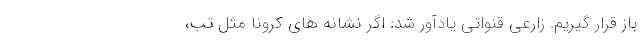
باز قرار گیریم. زارعی قنواتی یادآور شد: اگر نشانه های کرونا مثل تب،